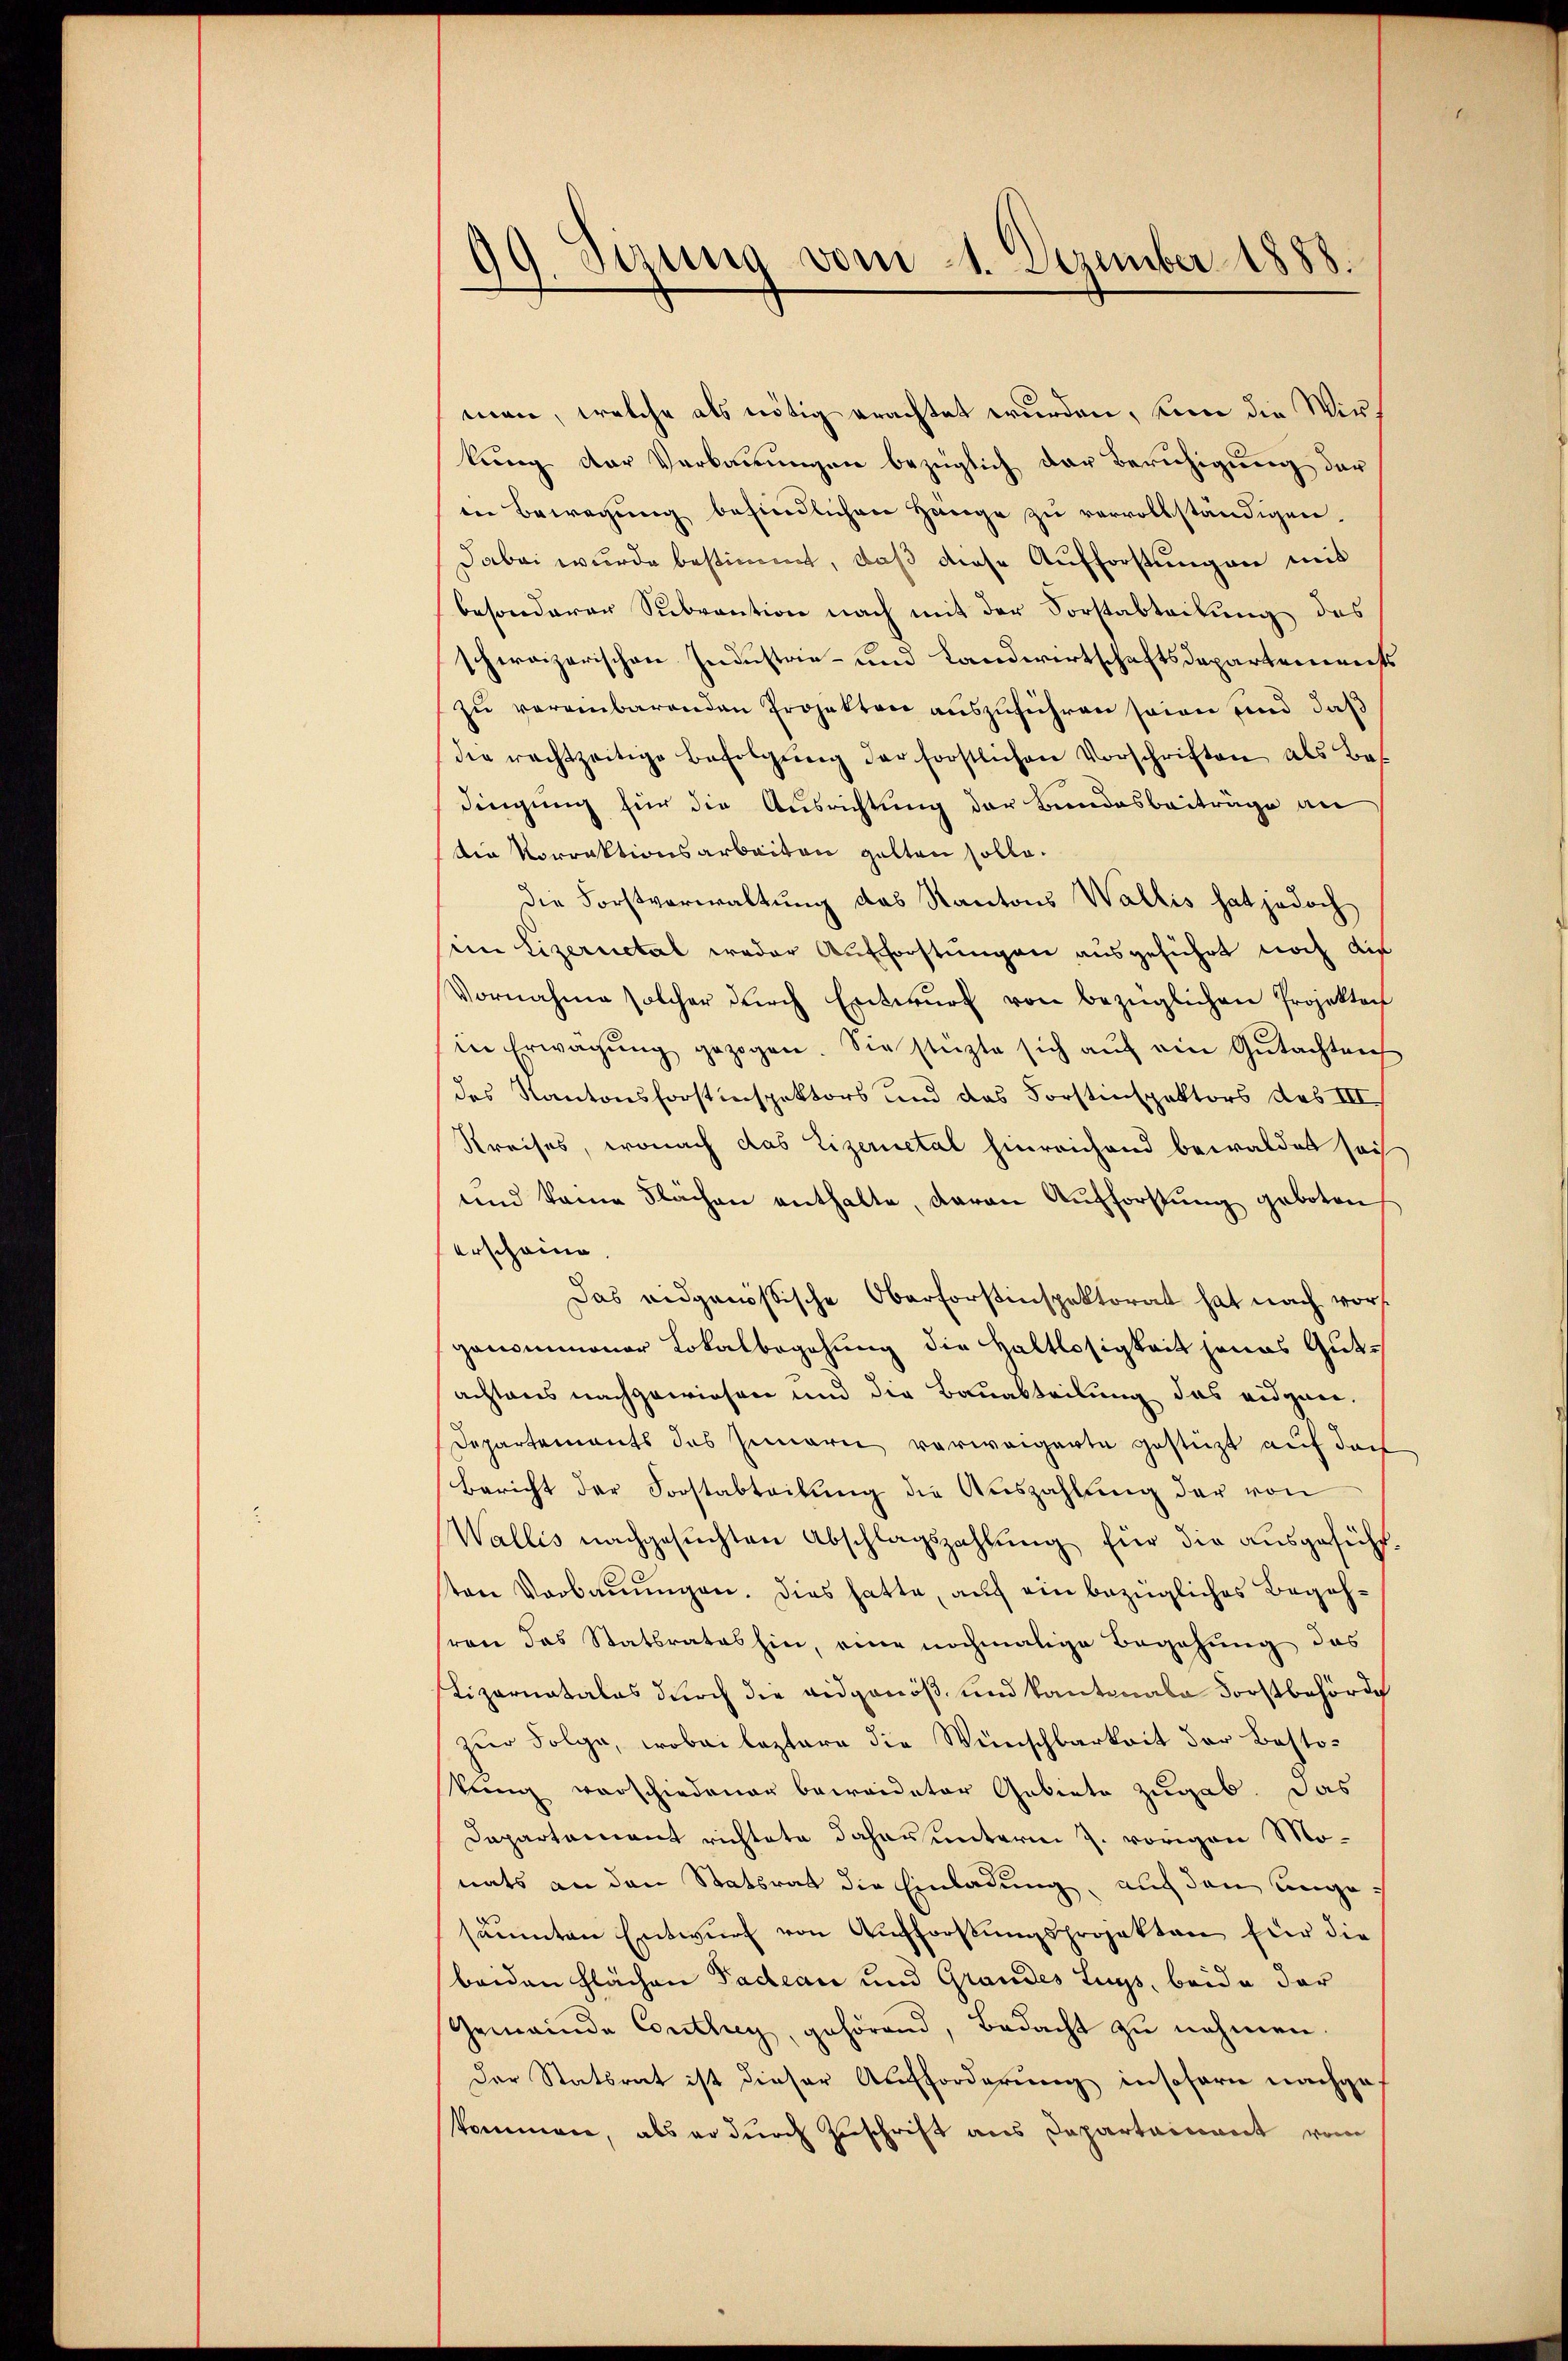
99. Sizung vom 11. Dezember 1888.

men, welche als nötig erachtet wurden, kein die Wir
kung der Verbauungen bezüglich der Beruhigung der
en Bewegung befindlichen Henge zu vervollständigen.
Dabei wurde bestimmt, daß diese Aufforstungen mit
besonderer Subvention nach mit der Forstabteilung des
schweizerischen Industrie- und Landwirtschaftsdepartements
zu vereinbarenden Projekten auszuführen seien und daß
die rachtzeitige Befolgŭng der forstlichen Vorschriften als Bes
dingung für die Ausrichtung der Bundesbeiträge an
tia vorraktionsarbeiten gelten solle.
die Forstverwaltung das Kantons Wallis hat jedoch
sim Lizernetal weder Aufforstungen ausgeführt noch die
Vornahme solcher dŭrch Entwŭrf von bezüglichen Projektach
in Erwägŭng gezogen. Sie stüzte sich aŭf ein Gŭtachtrech
des Kantonsforstinspektors und das Forstinspektors des III.
Kreises, wonach das Lizerietal hinreichend bewaldet sich
und keine Flächen enthalte, daran Aufforstung geboten
erscheine
Das eidgenößische Oberforstinspektorat hat nach vorsgenommener Lokalbegehung die Haltlosigkeit jenes Gutachtens nachgewiesen und die Bauabteilung das eidgen.
Departements des Innern verweigerte gestützt auf doch
bericht der Forstabteilŭng die Auszahlung der von
Wallis nachgesuchten Abschlagszahlung für die ausgeführsten Verbauungen. Dies hatte, auf ein bezügliches Begehsren das Statsrates hin, eine nochmalige Begehung des
Lizarnatales durch die eidgenöß- und kantonale Forstbehörde
zur Folge, wobei leztere die Wünschbarkeit der Bostokung verschiedenen beweideter Gebiete zugab. Das
Dapartement richtete Johan unterm J. vorigen Monats an den Statsrat die Einladung, auch den ungesäumten Entwŭrf von Aufforstŭngsprojekten für die
beiden Flächen Padean und Grandes Luys, beide der
Gemeinde Conthey, gehörend, Bedacht zu nehmen.
Der Statsrat ist dieser Aufforderung insofern nachgekommen, als er durch Zuschrift aus Departainant vom